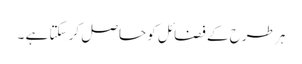
ہر طرح کے فضائل کو حاصل کر سکتا ہے ۔